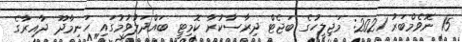
15 ނޮވެމްބަރު 2021: މަޖިލީހުގެ ބަޖެޓް ދިރާސާކުރާ ކޮމިޓީ ބައްދަލުވުމުގައި ހަނިމާދޫ ދާއިރާގެ